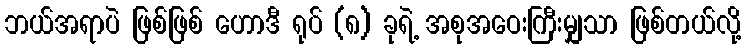
ဘယ်အရာပဲ ဖြစ်ဖြစ် ဟောဒီ ရုပ် (၈) ခုရဲ့ အစုအဝေးကြီးမျှသာ ဖြစ်တယ်လို့